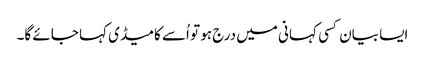
ایسا بیان کسی کہانی میں درج ہو تو اُسے کامیڈی کہا جائے گا۔